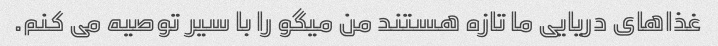
غذاهای دریایی ما تازه هستند من میگو را با سیر توصیه می کنم.